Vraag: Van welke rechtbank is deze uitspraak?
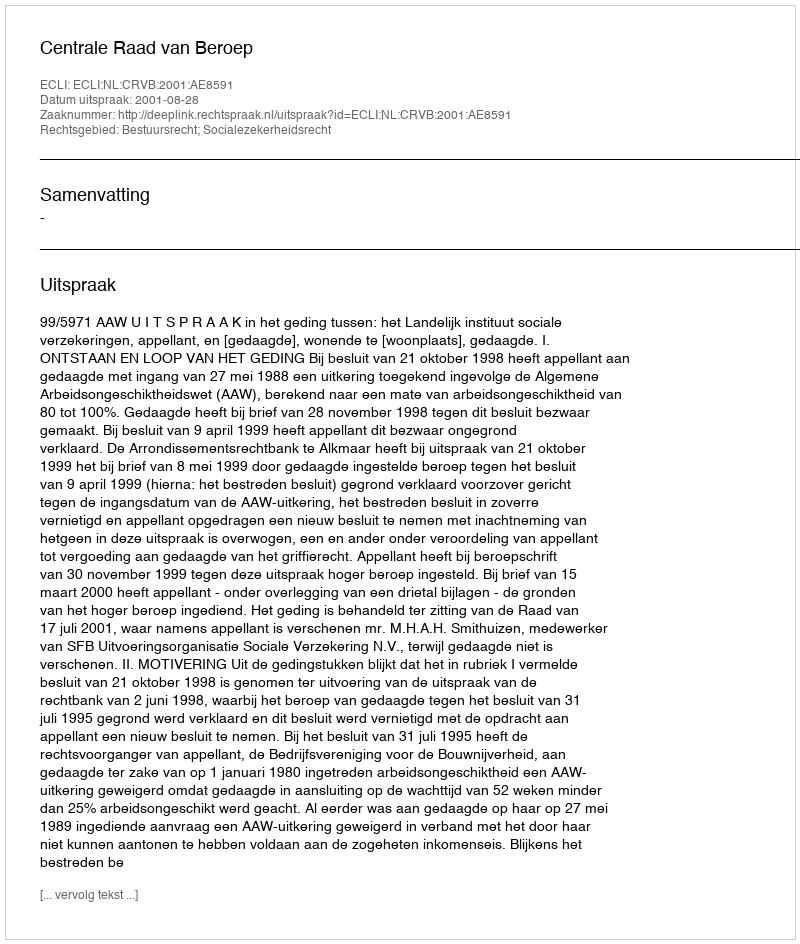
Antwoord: Centrale Raad van Beroep